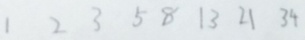
1 2 3 5 8 1 3 2 1 3 4